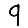
Digit: 9